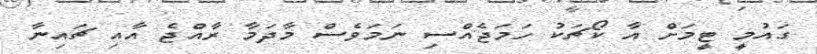
ގައުމީ ޓީމަށް އާ ކޯޗަކު ހަމަޖެއްސި ނަމަވެސް މާދަމާ ރާއްޖެ އާއި ޗައިނާ